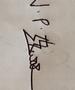
Signature authenticity: genuine